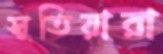
সুতিয়ারা